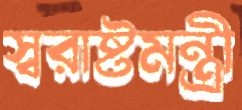
স্বরাষ্টমন্ত্রী